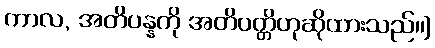
ကာလ, အတိပန္နကို အတိပတ္တိဟုဆိုထားသည်၊၊]